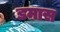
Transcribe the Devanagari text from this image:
डमास